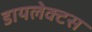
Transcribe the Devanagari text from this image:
डायलेक्टस